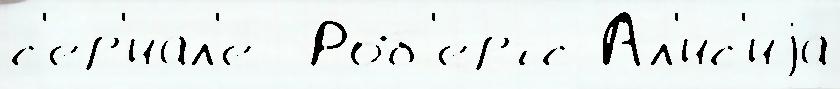
с'ер'иа́л'е  Роб'ертс Ал'ис'иjа